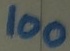
Text: 100